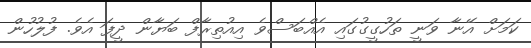
ކަމަށް އޭނާ ވަނީ ތަހުގީގުގައި އެއްބަސްވެ އިއުތިރާފް ބަޔާން ދީފަ އެވެ. ފުލުހުން